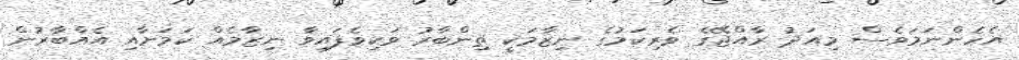
އެހެންނަމަވެސް މިއަދު ރާއްޖޭގެ ވެރިކަމުގެ ނިޒާމަކީ ތިންބާރު ވަކިވެފައިވާ ނިޒާމެއް ކަމަށާއި އެއްބާރުން